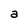
Character: a